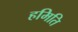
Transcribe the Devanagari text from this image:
हमिति